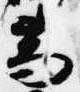
高